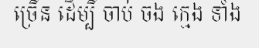
ច្រើន ដើម្បី ចាប់ ចង ក្មេង ទាំង